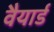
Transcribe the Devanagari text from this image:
वैयार्ड